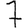
Digit: 7